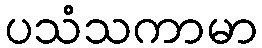
ပသံသကာမာ